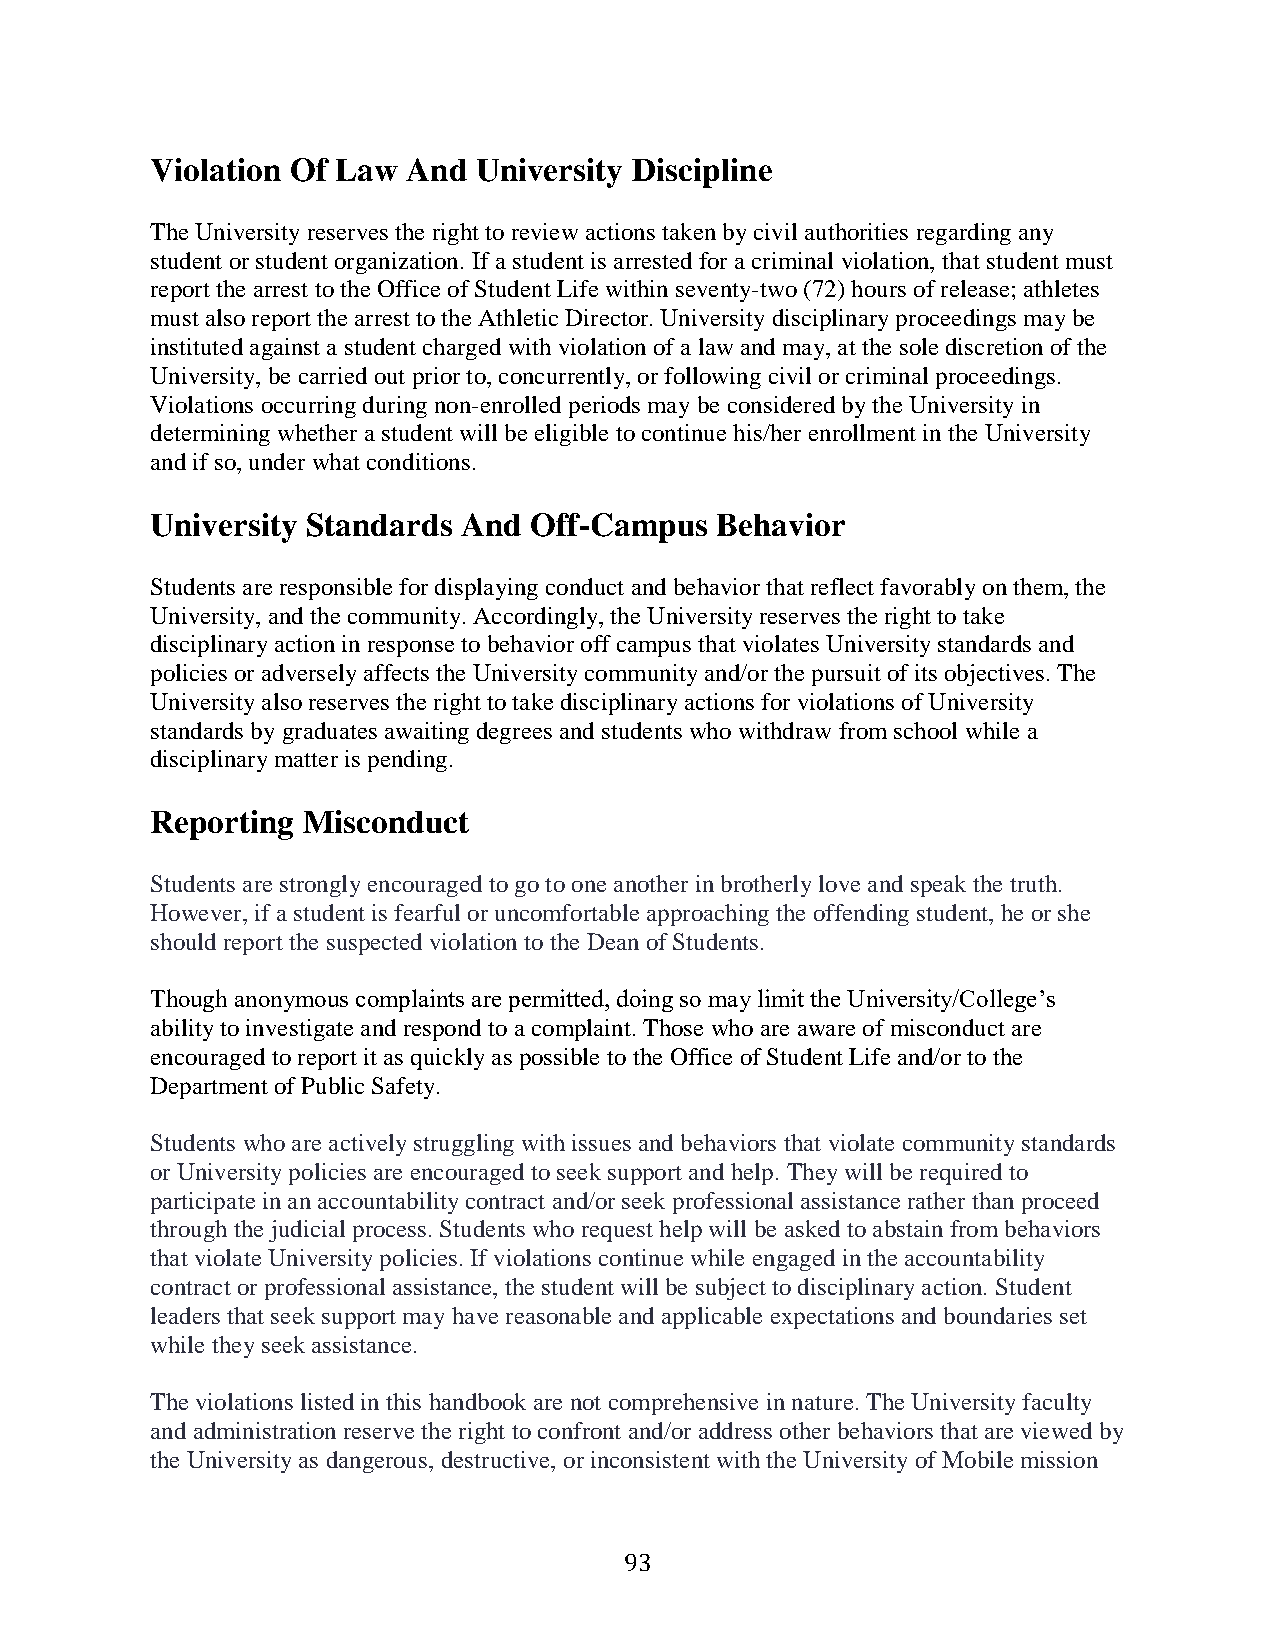
Violation Of Law And  University Discipline
 The University reserves the right to review actions taken by civil authorities regarding any
 student or student organization. If a student is arrested for a criminal violation, that student must
 report the arrest to the Office of Student Life within seventy-two (72) hours of release; athletes
 must also report the arrest to the Athletic Director. University disciplinary proceedings may be
 instituted against a student charged with violation of a law and may, at the sole discretion of the
 University, be carried out prior to, concurrently, or following civil or criminal proceedings.
 Violations occurring during non-enrolled periods may be considered by the University in
 determining whether a student will be eligible to continue his/her enrollment in the University
 and if so, under what conditions.
 University Standards And Off-Campus  Behavior
 Students are responsible for displaying conduct and behavior that reflect favorably on them, the
 University, and the community. Accordingly, the University reserves the right to take
 disciplinary action in response to behavior off campus that violates University standards and
 policies or adversely affects the University community and/or the pursuit of its objectives. The
 University also reserves the right to take disciplinary actions for violations of University
 standards by graduates awaiting degrees and students who withdraw from school while a
 disciplinary matter is pending.
 Reporting Misconduct
 Students are strongly encouraged to go to one another in brotherly love and speak the truth.
 However, if a student is fearful or uncomfortable approaching the offending student, he or she
 should report the suspected violation to the Dean of Students.
 Though anonymous complaints are permitted, doing so may limit the University/College’s
 ability to investigate and respond to a complaint. Those who are aware of misconduct are
 encouraged to report it as quickly as possible to the Office of Student Life and/or to the
 Department of Public Safety.
 Students who are actively struggling with issues and behaviors that violate community standards
 or University policies are encouraged to seek support and help. They will be required to
 participate in an accountability contract and/or seek professional assistance rather than proceed
 through the judicial process. Students who request help will be asked to abstain from behaviors
 that violate University policies. If violations continue while engaged in the accountability
 contract or professional assistance, the student will be subject to disciplinary action. Student
 leaders that seek support may have reasonable and applicable expectations and boundaries set
 while they seek assistance.
 The violations listed in this handbook are not comprehensive in nature. The University faculty
 and administration reserve the right to confront and/or address other behaviors that are viewed by
 the University as dangerous, destructive, or inconsistent with the University of Mobile mission
 93